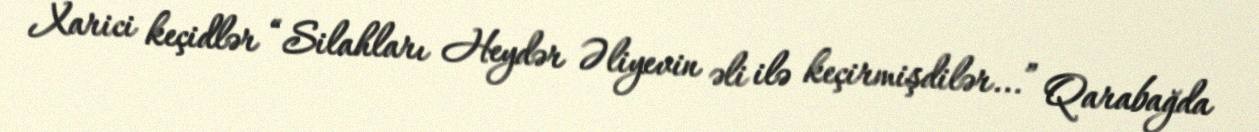
Xarici keçidlər “Silahları Heydər Əliyevin əli ilə keçirmişdilər...” Qarabağda